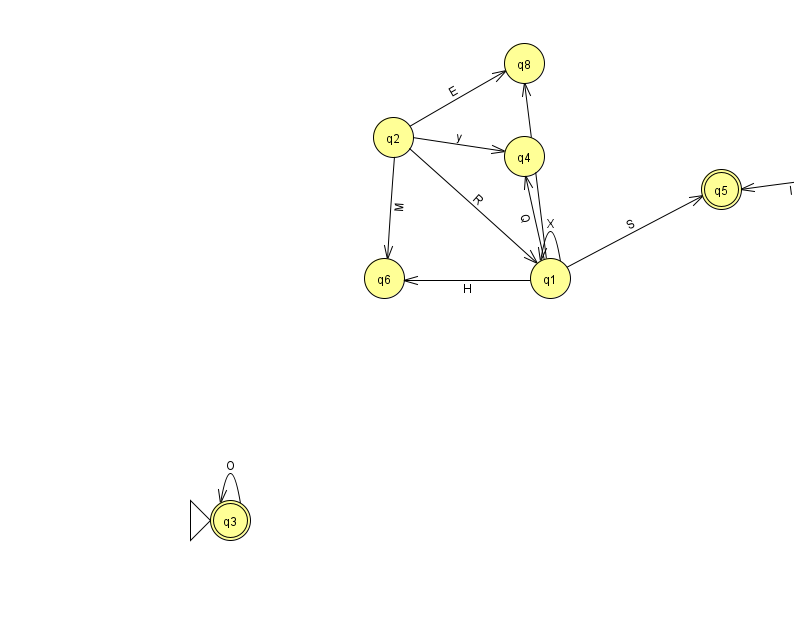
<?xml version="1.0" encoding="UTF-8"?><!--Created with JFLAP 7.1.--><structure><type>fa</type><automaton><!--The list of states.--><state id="0" name="q0"><x>860.0</x><y>158.0</y></state><state id="1" name="q1"><x>550.0</x><y>265.0</y></state><state id="2" name="q2"><x>393.0</x><y>124.0</y></state><state id="3" name="q3"><x>230.0</x><y>507.0</y><initial/><final/></state><state id="4" name="q4"><x>524.0</x><y>143.0</y></state><state id="5" name="q5"><x>721.0</x><y>176.0</y><final/></state><state id="6" name="q6"><x>384.0</x><y>265.0</y></state><state id="8" name="q8"><x>524.0</x><y>50.0</y></state><!--The list of transitions.--><transition><from>2</from><to>8</to><read>E</read></transition><transition><from>0</from><to>5</to><read>I</read></transition><transition><from>1</from><to>6</to><read>H</read></transition><transition><from>1</from><to>8</to><read>n</read></transition><transition><from>1</from><to>1</to><read>X</read></transition><transition><from>1</from><to>4</to><read>Q</read></transition><transition><from>1</from><to>5</to><read>S</read></transition><transition><from>2</from><to>4</to><read>y</read></transition><transition><from>2</from><to>6</to><read>M</read></transition><transition><from>2</from><to>1</to><read>R</read></transition><transition><from>3</from><to>3</to><read>O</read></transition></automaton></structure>